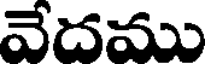
వేదము